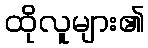
ထိုလူများ၏